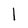
Character: l